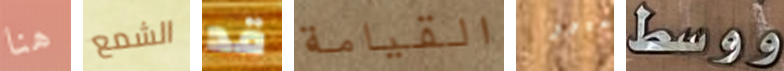
هنا الشمع قد القيامة غيور ووسط